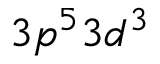
3 p ^ { 5 } 3 d ^ { 3 }